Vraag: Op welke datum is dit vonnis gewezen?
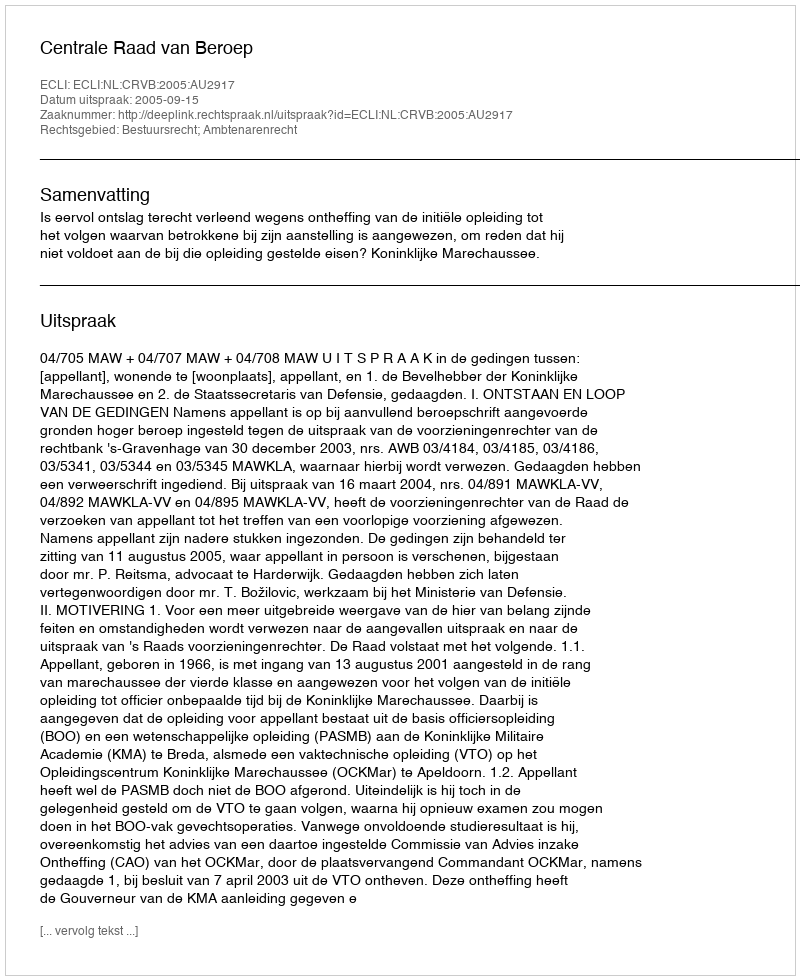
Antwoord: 2005-09-15